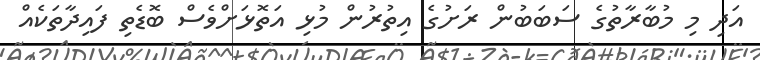
އަދި މި މުބާރާތުގެ ސަބަބުން ރަށުގެ އިތުރުން މުޅި އަތޮޅަށްވެސް ބޮޑެތި ފައިދާތަކެއް